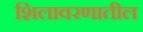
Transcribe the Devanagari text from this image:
शिलावरणातील